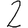
Digit: 2